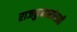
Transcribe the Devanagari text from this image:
राजकुमारांनाही